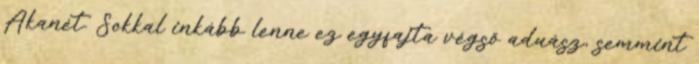
Akanét. Sokkal inkább lenne ez egyfajta végső aduász, semmint